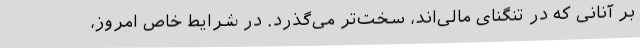
بر آنانی که در تنگنای مالی‌اند، سخت‌تر می‌گذرد. در شرایط خاص امروز،